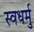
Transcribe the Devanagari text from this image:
स्वधर्मु